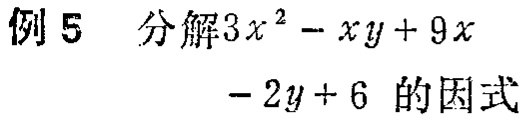
例 5 分解\(3x^{2}-xy + 9x-2y + 6\)的因式